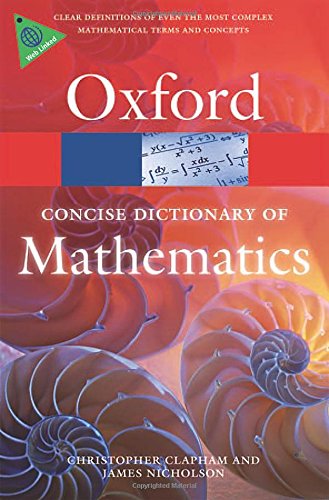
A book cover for The Concise Oxford Dictionary of Mathematics (Oxford Quick Reference); Christopher Clapham; Science & Math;